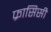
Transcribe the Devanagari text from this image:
फ्रासिसी